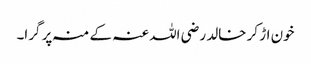
خون اڑ کر خالد رضی اللہ عنہ کے منہ پر گرا۔